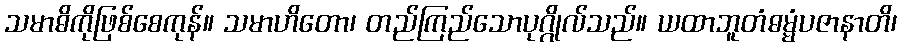
သမာဓိကိုဖြစ်စေကုန်။ သမာဟိတော၊ တည်ကြည်သောပုဂ္ဂိုလ်သည်။ ယထာဘူတံဓမ္မံပဇာနာတိ၊